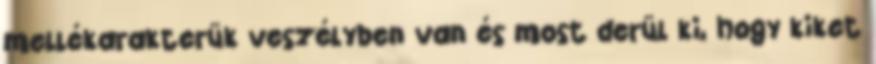
mellékarakterük veszélyben van és most derül ki, hogy kiket